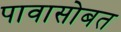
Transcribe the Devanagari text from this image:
पावासोबत